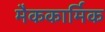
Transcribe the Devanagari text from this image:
मैककार्मिक